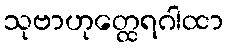
သုဗာဟုတ္ထေရဂါထာ